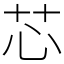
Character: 芯